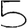
Digit: 5